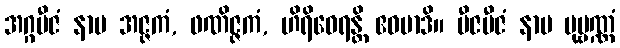
အဂ္ဂဗီဇံ နာမ အဇ္ဇကံ, ဖဏိဇ္ဇကံ, ဟိရိဝေရန္တိ ဧဝမာဒိ။ ဗီဇဗီဇံ နာမ ပုဗ္ဗဏ္ဏံ